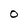
Character: 0